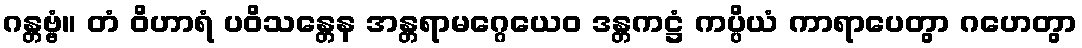
ဂန္တဗ္ဗံ။ တံ ဝိဟာရံ ပဝိသန္တေန အန္တရာမဂ္ဂေယေဝ ဒန္တကဋ္ဌံ ကပ္ပိယံ ကာရာပေတွာ ဂဟေတွာ